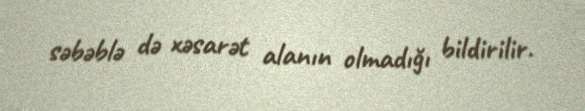
səbəblə də xəsarət alanın olmadığı bildirilir.